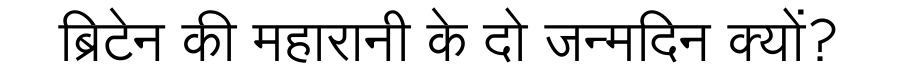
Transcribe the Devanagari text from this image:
ब्रिटेन की महारानी के दो जन्मदिन क्यों?